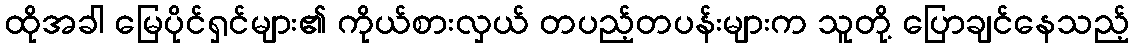
ထိုအခါ မြေပိုင်ရှင်များ၏ ကိုယ်စားလှယ် တပည့်တပန်းများက သူတို့ ပြောချင်နေသည့်